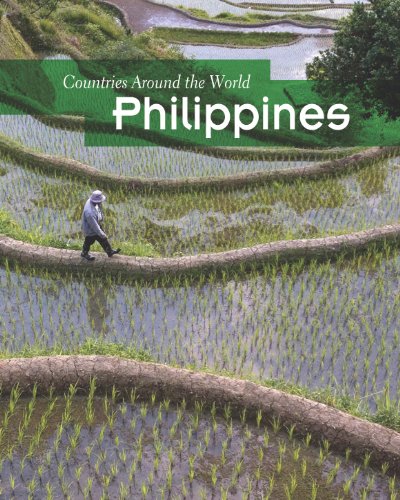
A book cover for Philippines (Countries Around the World); Michael Burgan; History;